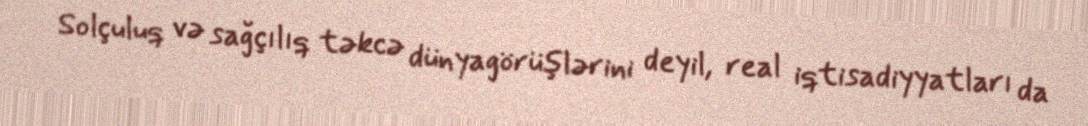
Solçuluq və sağçılıq təkcə dünyagörüşlərini deyil, real iqtisadiyyatları da